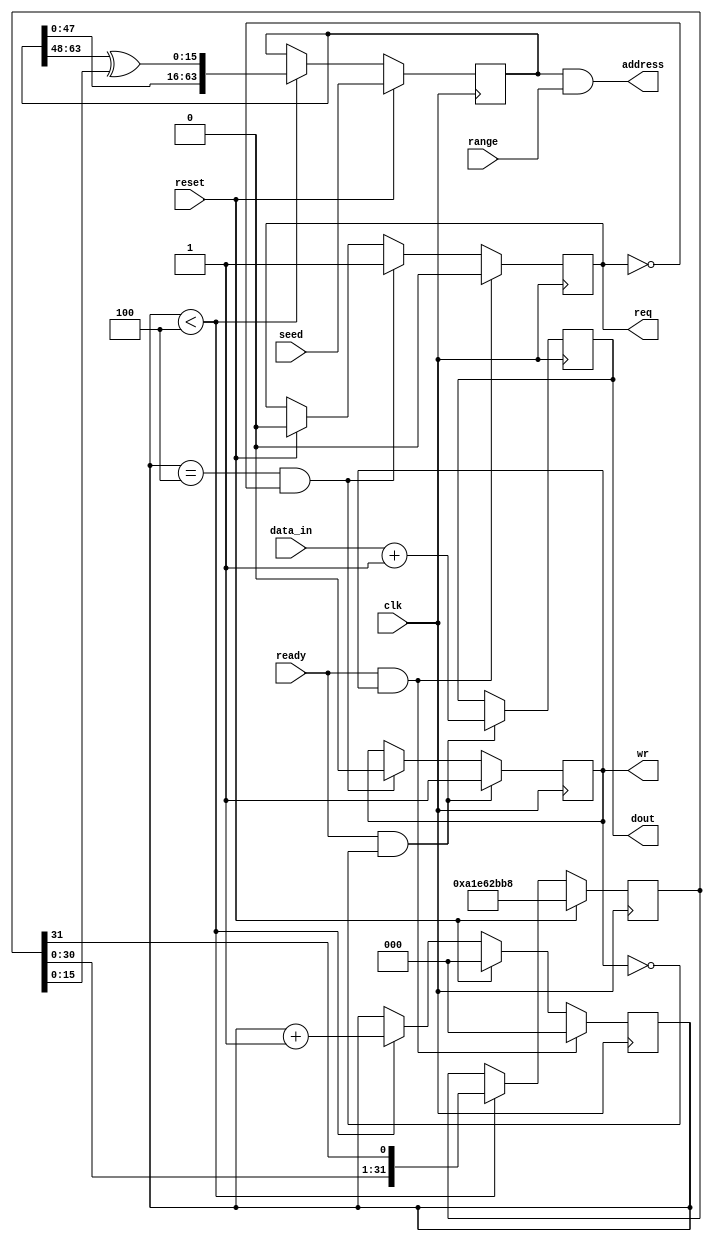
// clk freq = 200 mhz

module gups(
    clk,
    reset,
    address,
    data_in,
    dout,
    req,
    wr,
    ready,
    seed,
    range
);

input           clk, reset;
input   [63:0]  data_in;
output  [63:0]  dout;
output  [63:0]  address;
input   [63:0]  seed;
output          req;
output          wr;
input           ready;
input   [63:0]  range;

reg             write;
reg     [63:0]  data_out;
reg             request;
reg     [63:0]  addr;
reg     [31:0]  mask;
reg     [2:0]   count;
reg     [63:0]  data;

always @(posedge clk) begin
    if(reset == 1'b1) begin
        addr  <= seed;
        mask  <= 32'b1010_0001_1110_0110_0010_1011_1011_1000;
        count <= 3'b000;
        request <= 1'b0;
    end
    else if (count < 3'b100) begin
        addr  <= {addr[47:0], addr[63:48]^mask[15:0]};
        mask  <= {mask[30:0], mask[31]};
        count <= count + 1;
    end 

    if(count == 3'b100 && request == 1'b0) begin
        request <= 1'b1;
        write   <= 1'b0;
    end

    if(ready == 1'b1 && write == 1'b0) begin
        data_out <= data_in + 1;
        write    <= 1'b1;
    end

    if(ready == 1'b1 && write == 1'b1) begin
        request <= 1'b0;
        count   <= 2'b00;
    end
end 

assign req      = request;
assign dout     = data_out;
assign address  = addr & range;
assign wr       = write;

endmodule